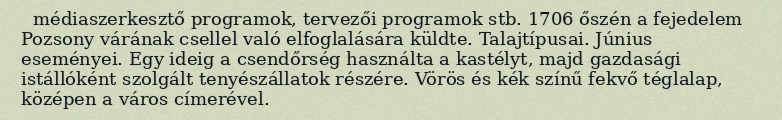
médiaszerkesztő programok, tervezői programok stb. 1706 őszén a fejedelem Pozsony várának csellel való elfoglalására küldte. Talajtípusai. Június eseményei. Egy ideig a csendőrség használta a kastélyt, majd gazdasági istállóként szolgált tenyészállatok részére. Vörös és kék színű fekvő téglalap, középen a város címerével.